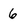
Character: 6